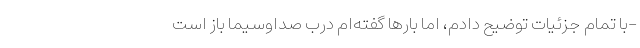
-با تمام جزئیات توضیح دادم، اما بارها گفته‌ام درب صداوسیما باز است